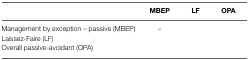
<table><thead><tr><td>[EMPTY_CELL]</td><td><b>MBEP</b></td><td><b>LF</b></td><td><b>OPA</b></td></tr></thead><tbody><tr><td>Management by exception – passive (MBEP)</td><td>–</td><td>[EMPTY_CELL]</td><td>[EMPTY_CELL]</td></tr><tr><td>Laissez-Faire (LF)</td><td>[EMPTY_CELL]</td><td>[EMPTY_CELL]</td><td>[EMPTY_CELL]</td></tr><tr><td>Overall passive-avoidant (OPA)</td><td>[EMPTY_CELL]</td><td>[EMPTY_CELL]</td><td>[EMPTY_CELL]</td></tr></tbody></table>